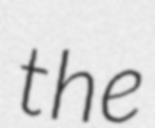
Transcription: the